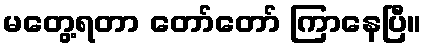
မတွေ့ရတာ တော်တော် ကြာနေပြီ။